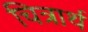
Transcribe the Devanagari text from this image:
चित्रार्थ